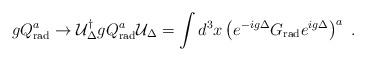
LaTeX: \begin{align*}gQ^a_{\rm rad} \to {\cal U}_{\Delta}^{\dagger}gQ_{\rm rad}^a{\cal U}_{\Delta} = \int d^3x \left(e^{-ig\Delta} G_{\rm rad}e^{ig\Delta} \right)^a \ .\end{align*}